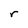
Character: r